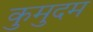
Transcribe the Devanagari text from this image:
कुमुदम